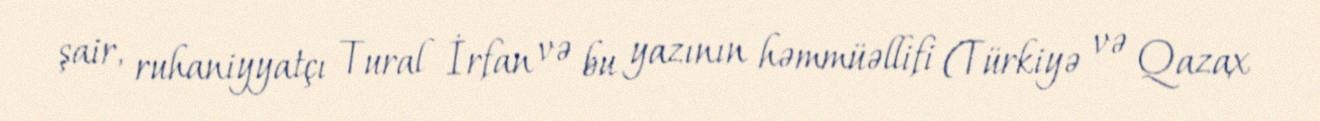
şair, ruhaniyyatçı Tural İrfan və bu yazının həmmüəllifi (Türkiyə və Qazax